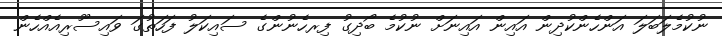
ނުކުމެލަބަލަ އަންހެންކުދިން އައިން އައިނަށް ނުކުމެ ބޯދިގު ފިރހެނުންގެ ސައިކަލު ފަހަތުގަ ވައިސޫރިއެއްހެން